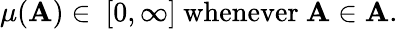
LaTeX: \mu(\mathbf{A})\in\ [0,\infty]{\mathrm{{~whenever~}}}\mathbf{A}\in{\mathcal{{\mathbf{A}}}}.